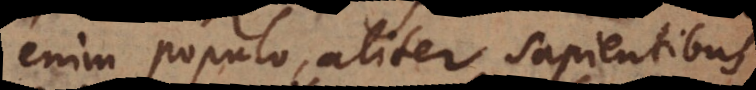
enim populo, aliter sapientibu